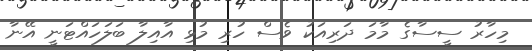
މިހާރު ސީސާގެ މާމަ ދަރިއަކު ވެސް ހުރި މުޅި އާއިލާ ބަލަހައްޓަނީ އޭނާ